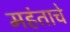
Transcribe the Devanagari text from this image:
महंताचे